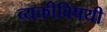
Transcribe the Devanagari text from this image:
व्यक्तीविषयी